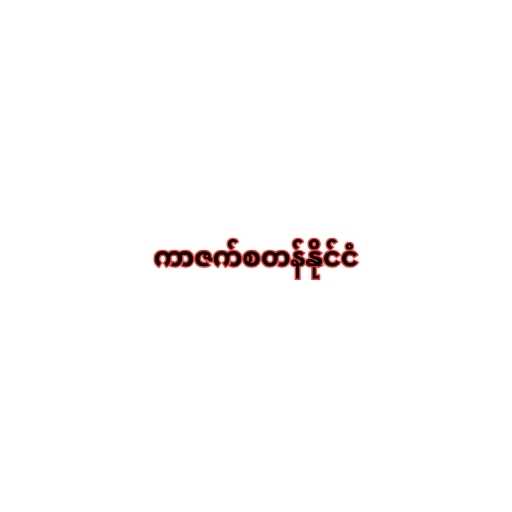
ကာဇက်စတန်နိုင်ငံ